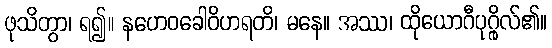
ဖုသိတွာ၊ ရ၍။ နဟေဝခေါဝိဟရတိ၊ မနေ။ အဿ၊ ထိုယောဂီပုဂ္ဂိုလ်၏။